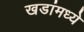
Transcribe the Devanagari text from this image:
खडांमध्ये